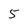
Character: 5